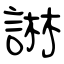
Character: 諃